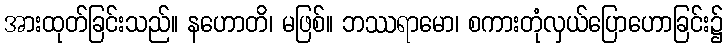
အားထုတ်ခြင်းသည်။ နဟောတိ၊ မဖြစ်။ ဘဿရာမော၊ စကားတုံလှယ်ပြောဟောခြင်း၌